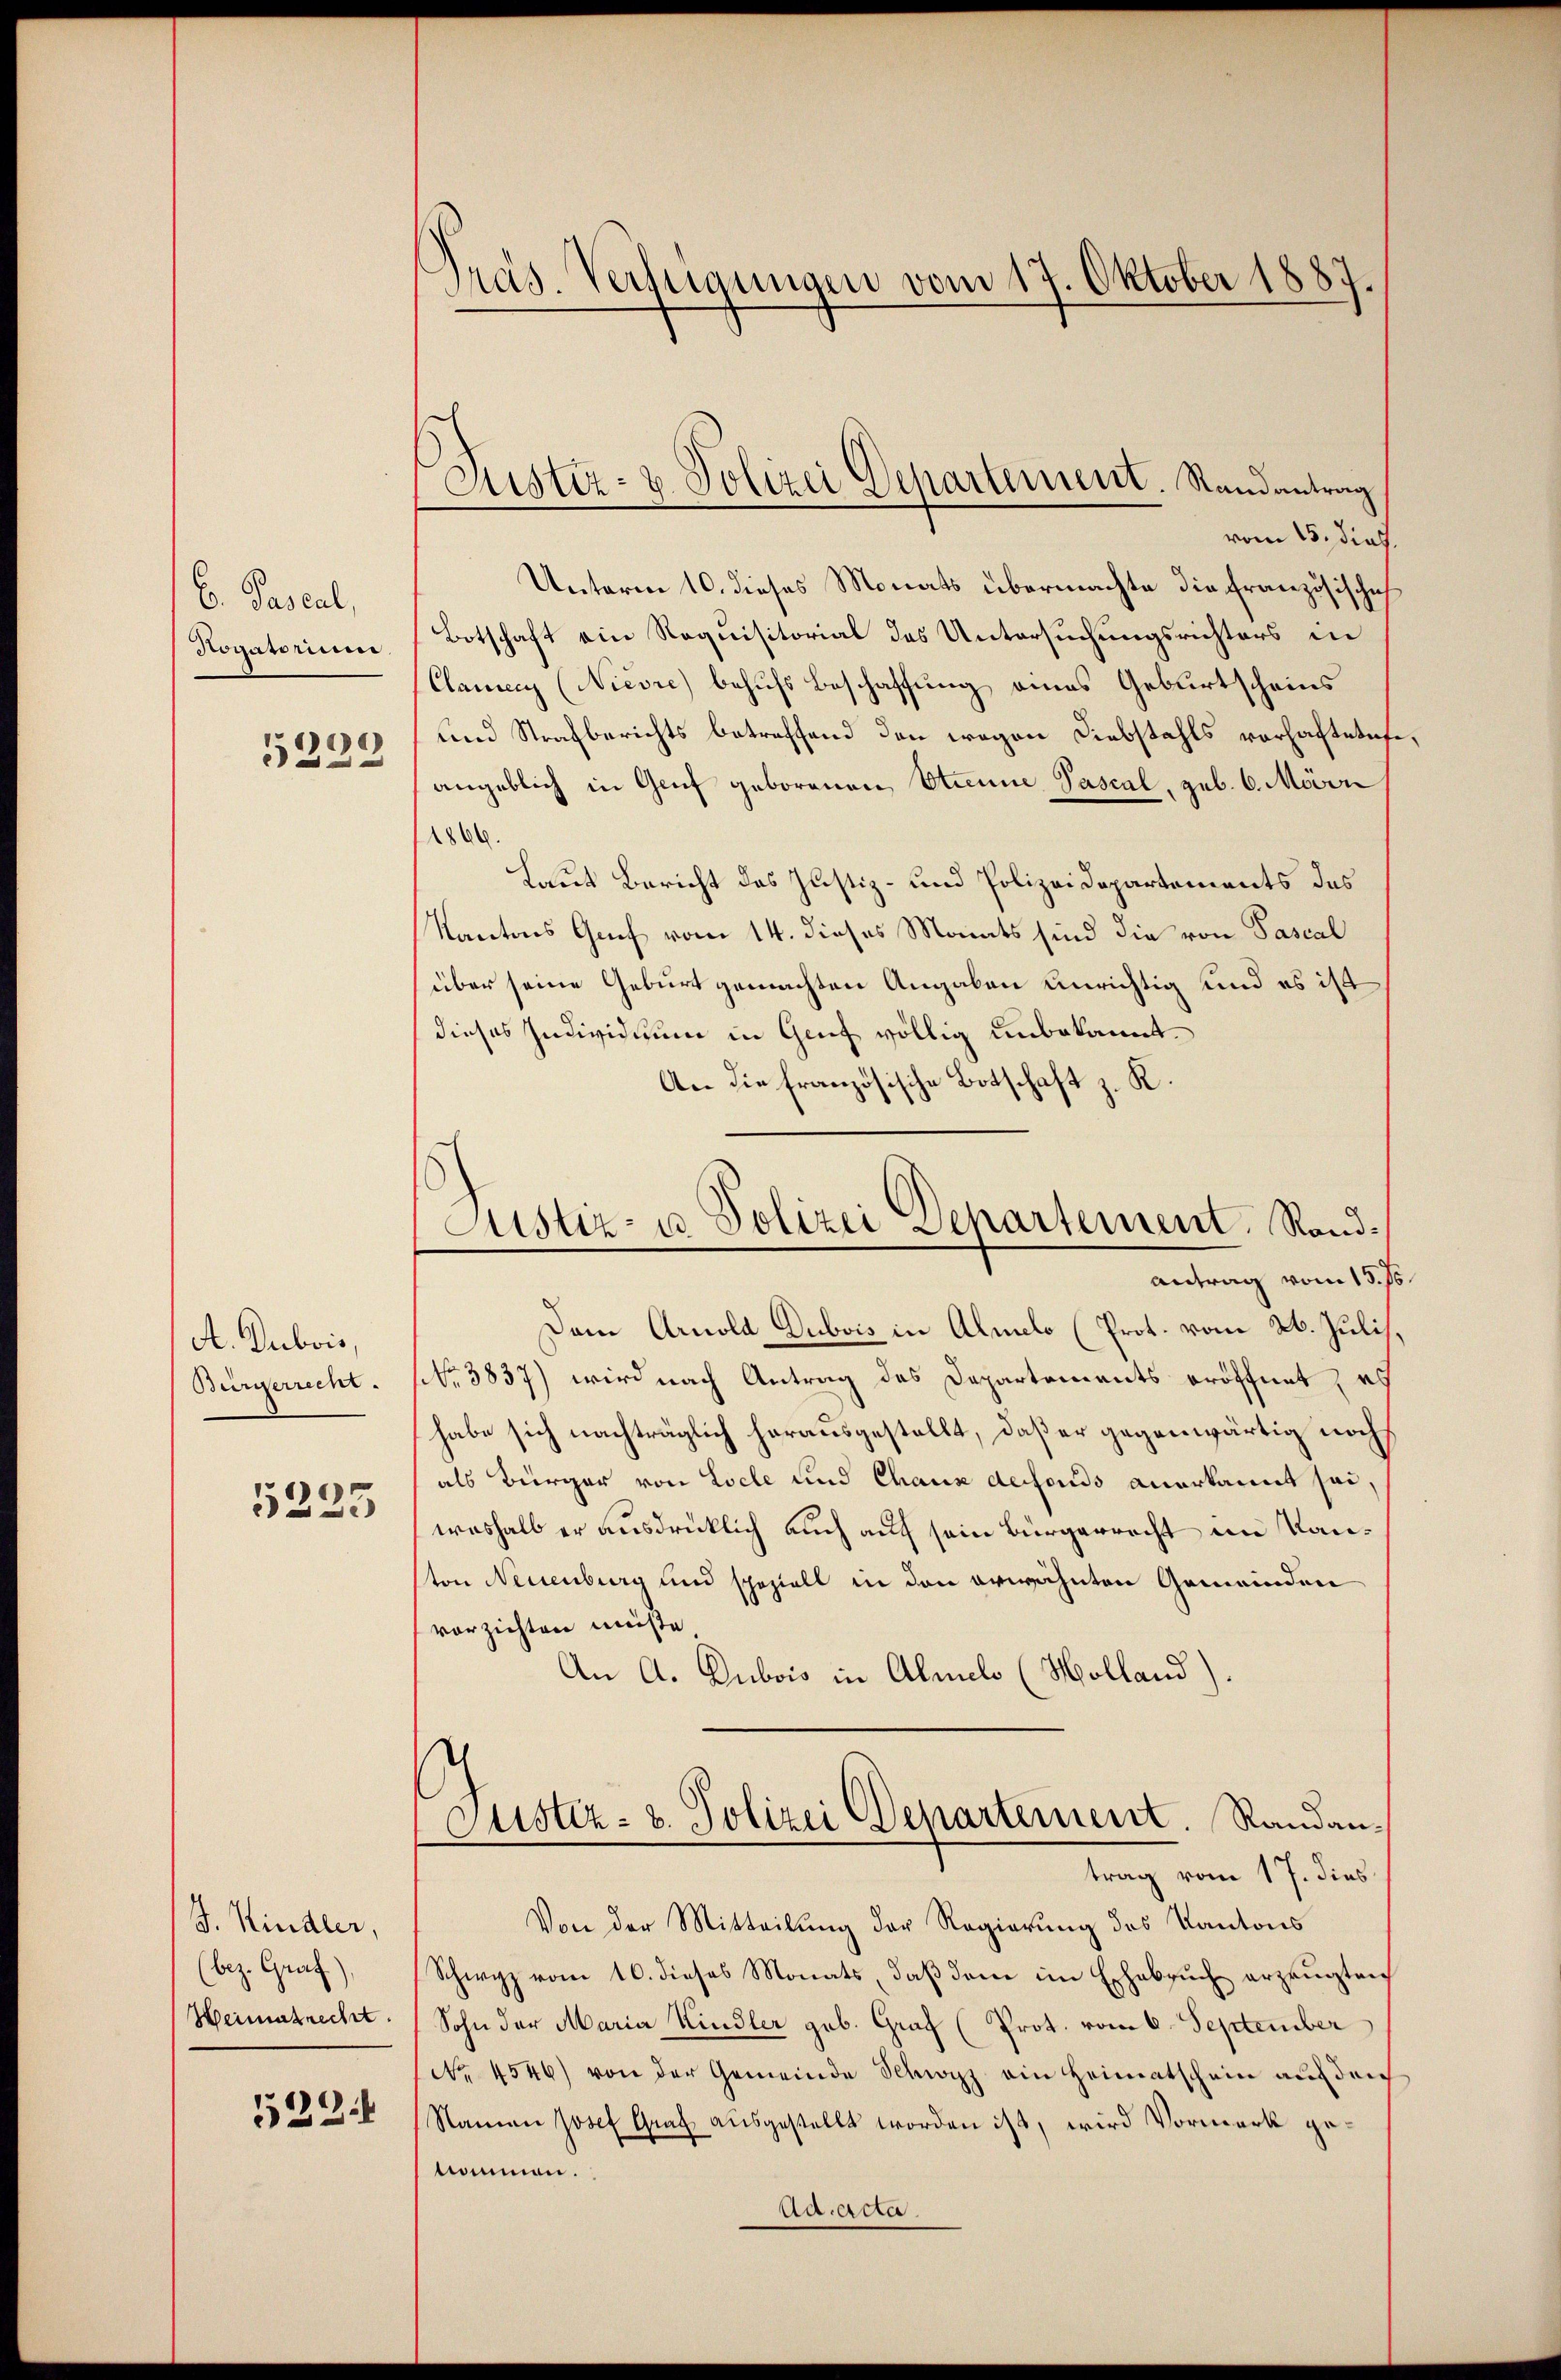
C. Pascal,
Rogatoriu
e
532

A. Dubois,
Bürgerrecht.
5223

J. Kindler,
(bez. Graf.),
Weimatrecht.
522.

Präs. Verfügungen vom 17. Oktober 1887.

Fister- & Polizei Departement. Randantrag

vom 15. dies.
Unterm 10. dieses Monats übermachte die französische
Botschaft ein Requisitorial das Untersuchungsrichters in
Clamen (Nievre) behufs Beschaffung eines Geburtscheins
und Strafberichts betreffend den wegen Diebstahls vorhaftetese
angeblich in Genf geborenen, Etienne Pascal, geb. 6. Märn
1800.
Laut Bericht des Justiz- und Polizeidepartements das
Kantons Graf vom 14. dieses Mants sind die von Pascal
über seine Geburt gemachten Angaben unrichtig und es ist
dieses Individuum in Genf völlig unbekannt.
An die französische Botschaft z. K.
Dem Arnold Dubois in Almelo (Prot. vom 26. Julis,
NNo. 3837) wird nach Antrag des Departements eröffnet, es
habe sich nachträglich herausgestellt, daß er gegenwärtig noch
als Bürger von Locle und Chaux defonds anerkannt sei,
weshalb er ausdrücklich auch auf sein Bürgerrecht im Kanton Neuenburg und speziell in den erwähnten Gemeinden
vorzichten müßte
An A. Dubois in Almelo (Holland)
Justiz- & Polizei Departement. Randantrag vom 17. dies
Von der Mitteilung der Regierung des Kantons
Schwyz vom 10. dieses Monats, daß dem im Erhebruch erzeugten
Sohn der Maria Kindler geb. Graf (Prot. vom 6. September
No. 4546) von der Gemeinde Schwyz ein Heimatschein auf den
Namen Josef Graf ausgestellt worden ist, wird Vormerk genommen.
Ad. acta.

Justiz- u. Polizei Departement. Rand¬
Antrag vom 15. J